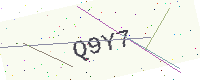
Text: Q9Y7